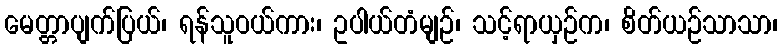
မေတ္တာပျက်ပြယ်၊ ရန်သူဝယ်ကား၊ ဥပါယ်တံမျဉ်၊ သင့်ရာယှဉ်က၊ စိတ်ယဉ်သာသာ၊